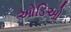
ઓડિઓ